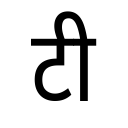
OCR:
टी